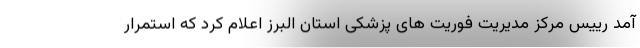
آمد رییس مرکز مدیریت فوریت های پزشکی استان البرز اعلام کرد که استمرار